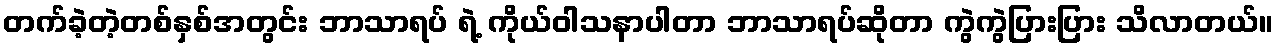
တက်ခဲ့တဲ့တစ်နှစ်အတွင်း ဘာသာရပ် ရဲ့ ကိုယ်ဝါသနာပါတာ ဘာသာရပ်ဆိုတာ ကွဲကွဲပြားပြား သိလာတယ်။